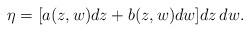
LaTeX: \begin{align*}\eta=[a(z,w)dz+b(z,w)dw]dz\,dw.\end{align*}